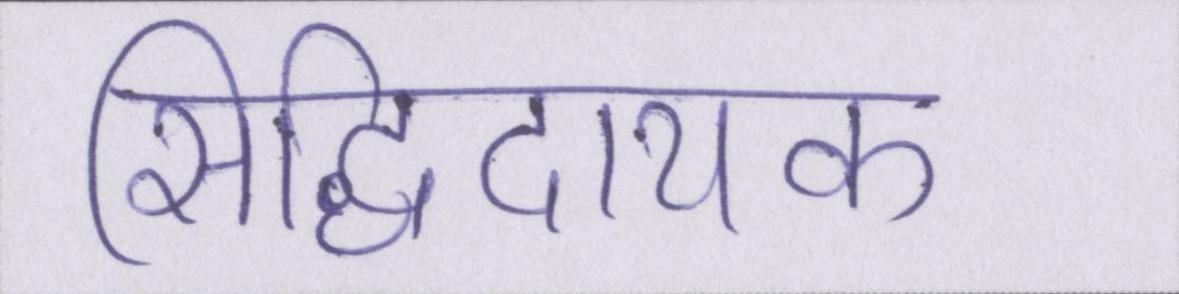
सिद्धिदायक